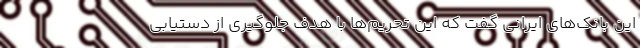
این بانک‌های ایرانی گفت که این تحریم‌ها با هدف جلوگیری از دستیابی